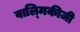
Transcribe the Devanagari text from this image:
वाल्‍मिकीजी